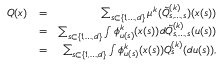
\begin{array} { r l r } { Q ( x ) } & { = } & { \sum _ { s \subset \{ 1 , \ldots , d \} } \mu ^ { k } ( \tilde { Q } _ { s , \ldots , s } ^ { ( k ) } ) ( x ( s ) ) } \\ & { = } & { \sum _ { s \subset \{ 1 , \ldots , d \} } \int \phi _ { u ( s ) } ^ { k } ( x ( s ) ) d \tilde { Q } _ { s , \ldots , s } ^ { ( k ) } ( u ( s ) ) } \\ & { = } & { \sum _ { s \subset \{ 1 , \ldots , d \} } \int \phi _ { u ( s ) } ^ { k } ( x ( s ) ) Q _ { s } ^ { ( k ) } ( d u ( s ) ) , } \end{array}